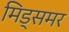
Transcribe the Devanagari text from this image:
मिड्‌समर